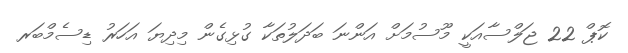
ކޮޕް 22 ޖަލްސާއަކީ މޫސުމަށް އަންނަ ބަދަލުތަކާ ގުޅިގެން މިދިޔަ އަހަރު ޑިސެމްބަރ